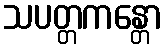
သပတ္တကန္တော